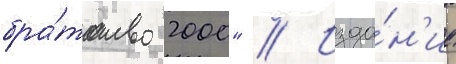
бра́тство 2000" // Изда́н'ие